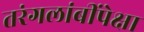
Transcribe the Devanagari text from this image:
तरंगलांबींपेक्षा